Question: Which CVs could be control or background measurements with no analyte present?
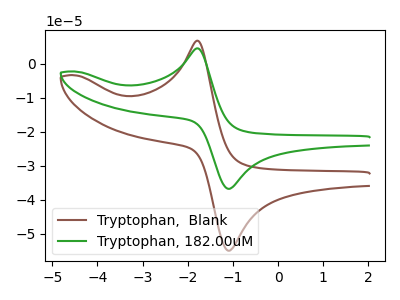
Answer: <think>The brown curve "Tryptophan,  Blank" has an anodic peak at (-1.80V, 6.80uA) and a cathodic peak at (-1.05V, -54.95uA). The green curve "Tryptophan, 182.00uM" has an anodic peak at (-1.80V, 4.55uA) and a cathodic peak at (-1.05V, -36.75uA).</think>
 <answer>There are not any CV's on this graph that are likely to be blanks.</answer>
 <eval>none</eval>